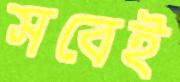
সবেই